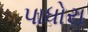
પાધોરા